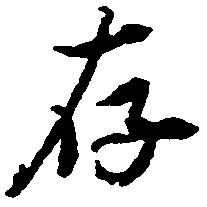
存